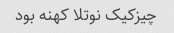
چیزکیک نوتلا کهنه بود